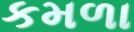
કમળા